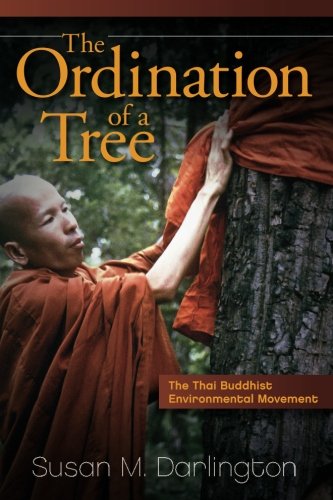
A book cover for The Ordination of a Tree: The Thai Buddhist Environmental Movement; Susan M. Darlington; Religion & Spirituality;